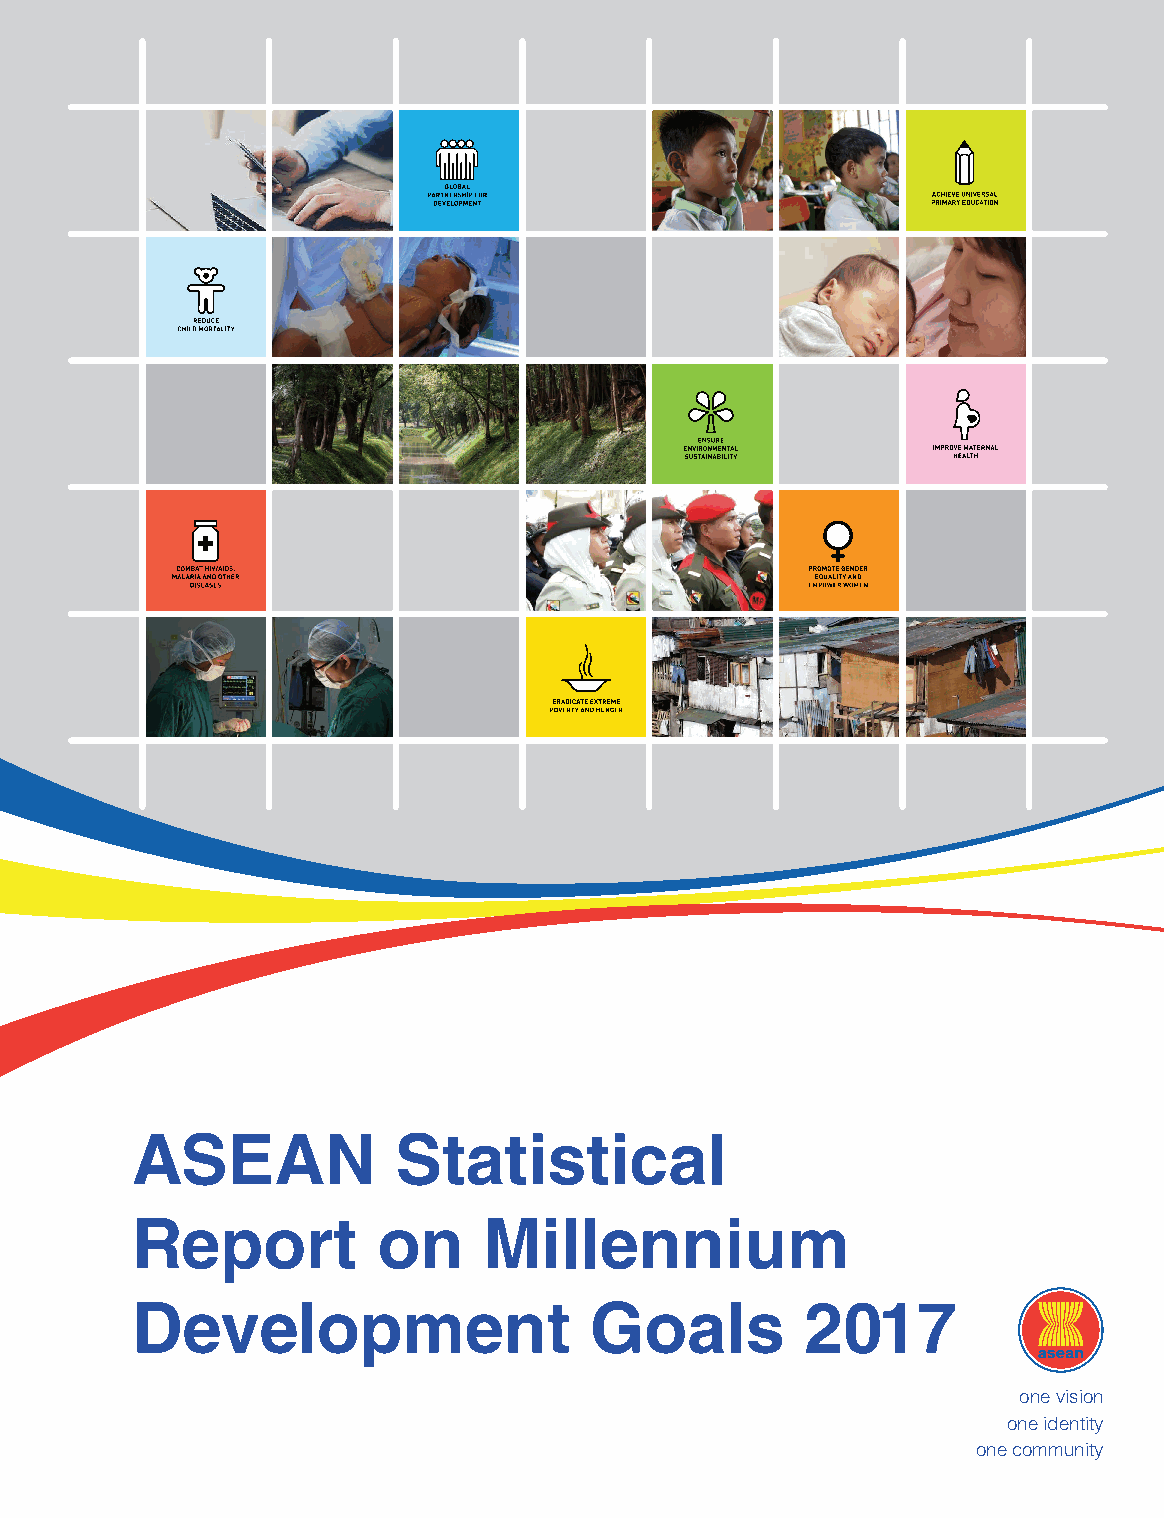
ASEAN            Statistical
 Report          on     Millennium
 Development                   Goals         2017
 one vision
 one identity
 one community